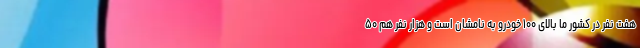
هفت نفر در کشور ما بالای ۱۰۰ خودرو به نامشان است و هزار نفر هم ۵۰